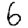
Digit: 6